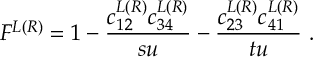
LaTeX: F ^ { L ( R ) } = 1 - { \frac { c _ { 1 2 } ^ { L ( R ) } c _ { 3 4 } ^ { L ( R ) } } { s u } } - { \frac { c _ { 2 3 } ^ { L ( R ) } c _ { 4 1 } ^ { L ( R ) } } { t u } } \ .